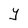
Character: Y